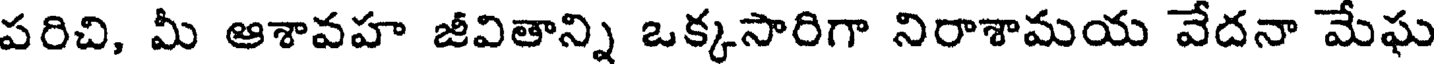
పరిచి, మీ ఆశావహ జీవితాన్ని ఒక్కసారిగా నిరాశామయ వేదనా మేఘ